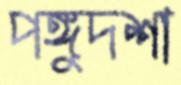
পঙ্গুদশা